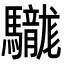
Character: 𩧑